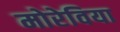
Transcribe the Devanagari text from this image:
मोरेविया